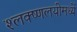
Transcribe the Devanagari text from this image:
श्लक्ष्णलयीमध्यें